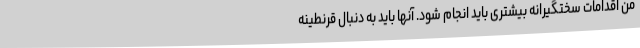
من اقدامات سختگیرانه بیشتری باید انجام شود. آنها باید به دنبال قرنطینه